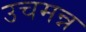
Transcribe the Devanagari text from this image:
उचमन्न